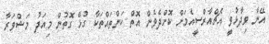
އޭނާ ވިދާޅުވީ އެޗްއާރްސީއެމަށް ކޮށްދެވެން އޮތް ކަންތައްތަކާ ގުޅޭ ގޮތުން މިއަދު މަޝްވަރާ